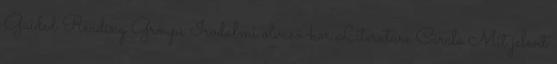
Guided Reading Groups Irodalmi olvasó-kör Literature Circle Mit jelent